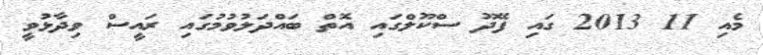
މެއި 11 2013 ގައި ފޭދޫ ސްކޫލްގައި އޮތް ބައްދަލުވުމުގައި ރައީސް ވިދާޅުވީ